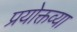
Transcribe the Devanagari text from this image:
प्रयोक्तव्या